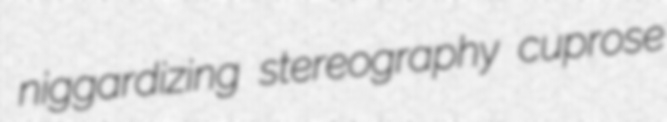
niggardizing stereography cuprose